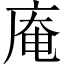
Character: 庵